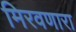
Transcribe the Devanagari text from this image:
मिरवणारा